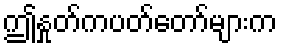
ဤနှုတ်ကပတ်တော်များက